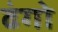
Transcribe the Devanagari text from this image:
ढंगो